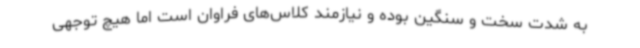
به شدت سخت و سنگین بوده و نیازمند کلاس‌های فراوان است اما هیچ توجهی